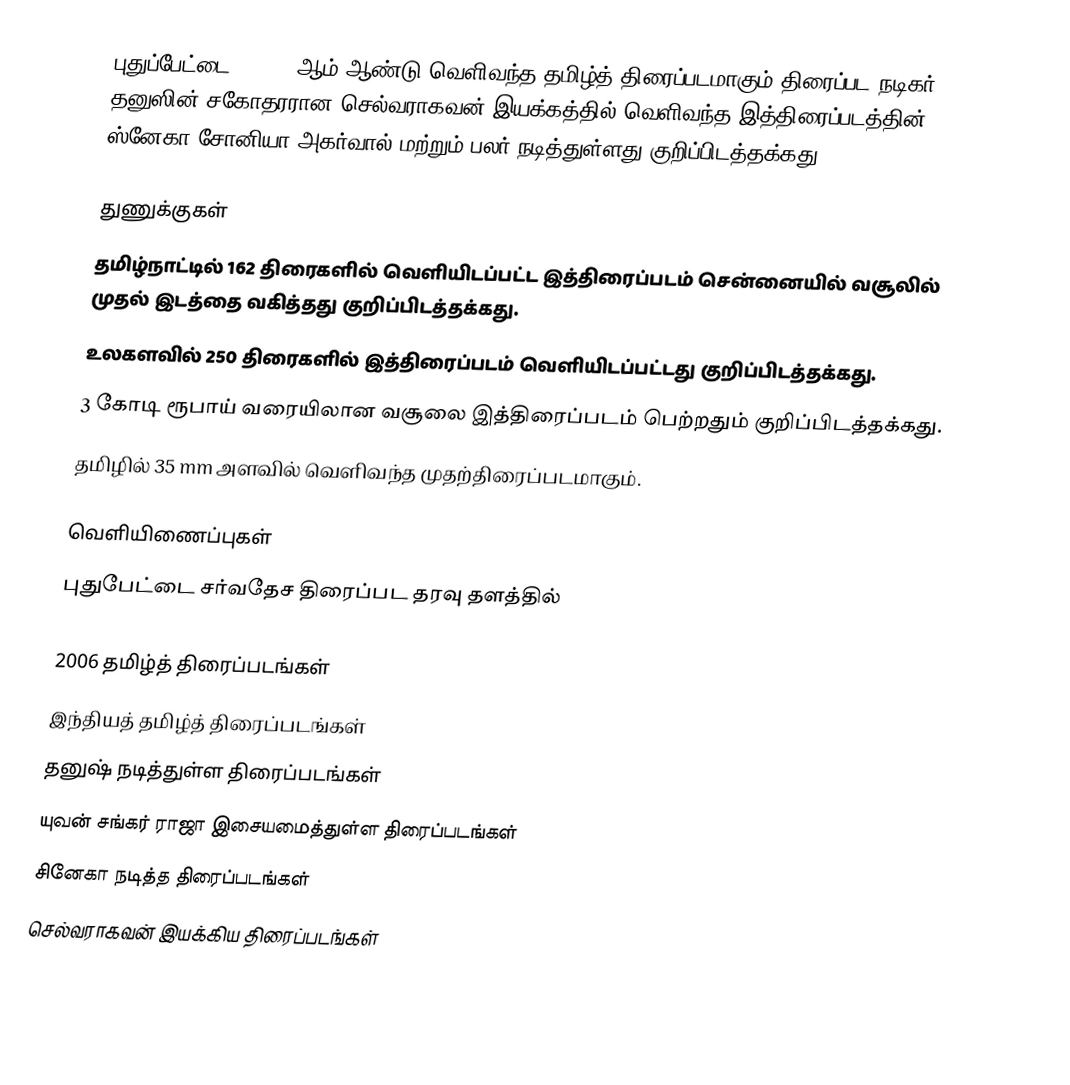
புதுப்பேட்டை  (2006)  ஆம் ஆண்டு வெளிவந்த தமிழ்த் திரைப்படமாகும்.திரைப்பட நடிகர் தனுஸின் சகோதரரான செல்வராகவன் இயக்கத்தில் வெளிவந்த இத்திரைப்படத்தின் ஸ்னேகா,சோனியா அகர்வால் மற்றும் பலர் நடித்துள்ளது குறிப்பிடத்தக்கது.

துணுக்குகள்
தமிழ்நாட்டில் 162 திரைகளில் வெளியிடப்பட்ட இத்திரைப்படம் சென்னையில் வசூலில் முதல் இடத்தை வகித்தது குறிப்பிடத்தக்கது.
உலகளவில் 250 திரைகளில் இத்திரைப்படம் வெளியிடப்பட்டது குறிப்பிடத்தக்கது.
3 கோடி ரூபாய் வரையிலான வசூலை இத்திரைப்படம் பெற்றதும் குறிப்பிடத்தக்கது.
தமிழில் 35 mm அளவில் வெளிவந்த முதற்திரைப்படமாகும்.

வெளியிணைப்புகள்
புதுபேட்டை சர்வதேச திரைப்பட தரவு தளத்தில்

2006 தமிழ்த் திரைப்படங்கள்
இந்தியத் தமிழ்த் திரைப்படங்கள்
தனுஷ் நடித்துள்ள திரைப்படங்கள்
யுவன் சங்கர் ராஜா இசையமைத்துள்ள திரைப்படங்கள்
சினேகா நடித்த திரைப்படங்கள்
செல்வராகவன் இயக்கிய திரைப்படங்கள்